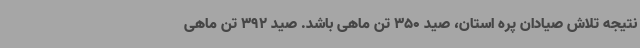
نتیجه تلاش صیادان پره استان، صید 350 تن ماهی باشد. صید 392 تن ماهی